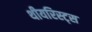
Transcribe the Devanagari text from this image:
थीयरिस्ट्स